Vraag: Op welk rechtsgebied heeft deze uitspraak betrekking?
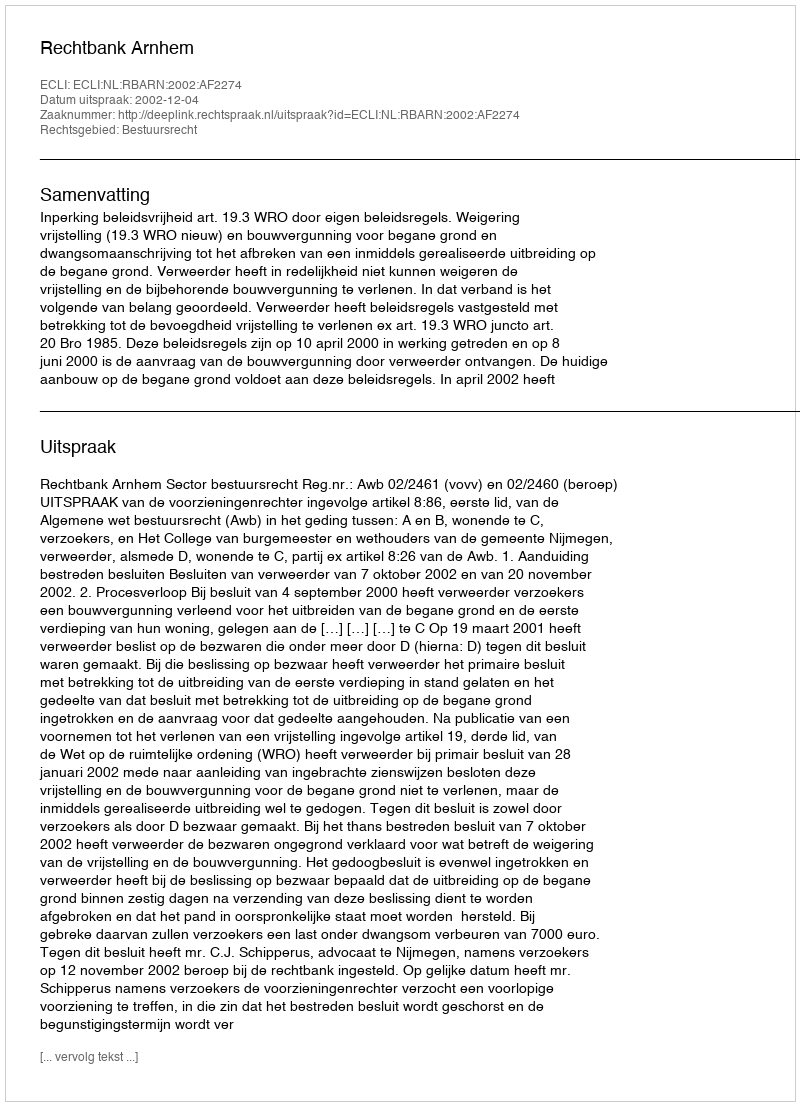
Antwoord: Bestuursrecht